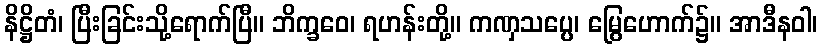
နိဋ္ဌိတံ၊ ပြီးခြင်းသို့ရောက်ပြီ။ ဘိက္ခဝေ၊ ရဟန်းတို့။ ကဏှသပ္ပေ၊ မြွေဟောက်၌။ အာဒီနဝါ၊